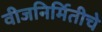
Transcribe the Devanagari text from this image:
वीजनिर्मितीचे